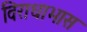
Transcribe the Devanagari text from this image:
विराधाभास